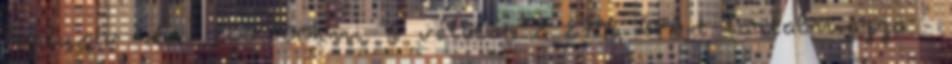
Inclusiv 4év 200.000km. A vételár a 27% ÁFÁ-t tartalmazza -